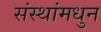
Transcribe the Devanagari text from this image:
संस्थांमधुन